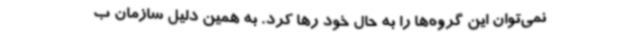
نمی‌توان این گروه‌ها را به حال خود رها کرد. به همین دلیل سازمان ب